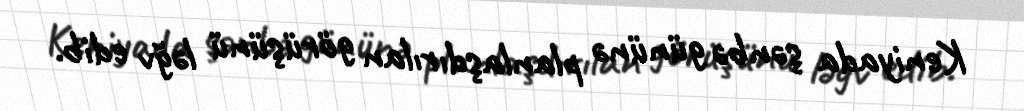
Keniyada şənbə gününə planlaşdırılan görüşünü ləğv edib.